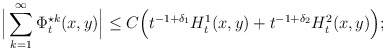
\begin{align*}\Big|\sum_{k=1}^\infty \Phi_t^{\star k}(x,y)\Big|\leq C \Big(t^{-1+\delta_1} H_t^1(x,y)+ t^{-1+\delta_2} H_t^2(x,y)\Big);\end{align*}